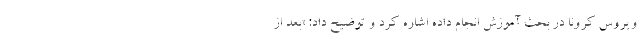
ویروس کرونا در بحث آموزش انجام داده‌ اشاره کرد و توضیح داد: «بعد از